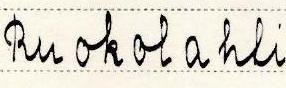
Ruokolahti